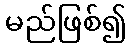
မည်ဖြစ်၍